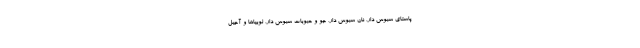
پاستای سبوس دار، نان سبوس دار، جو و حبوبات سبوس دار، لوبیاها و آجیل